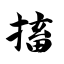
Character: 搐